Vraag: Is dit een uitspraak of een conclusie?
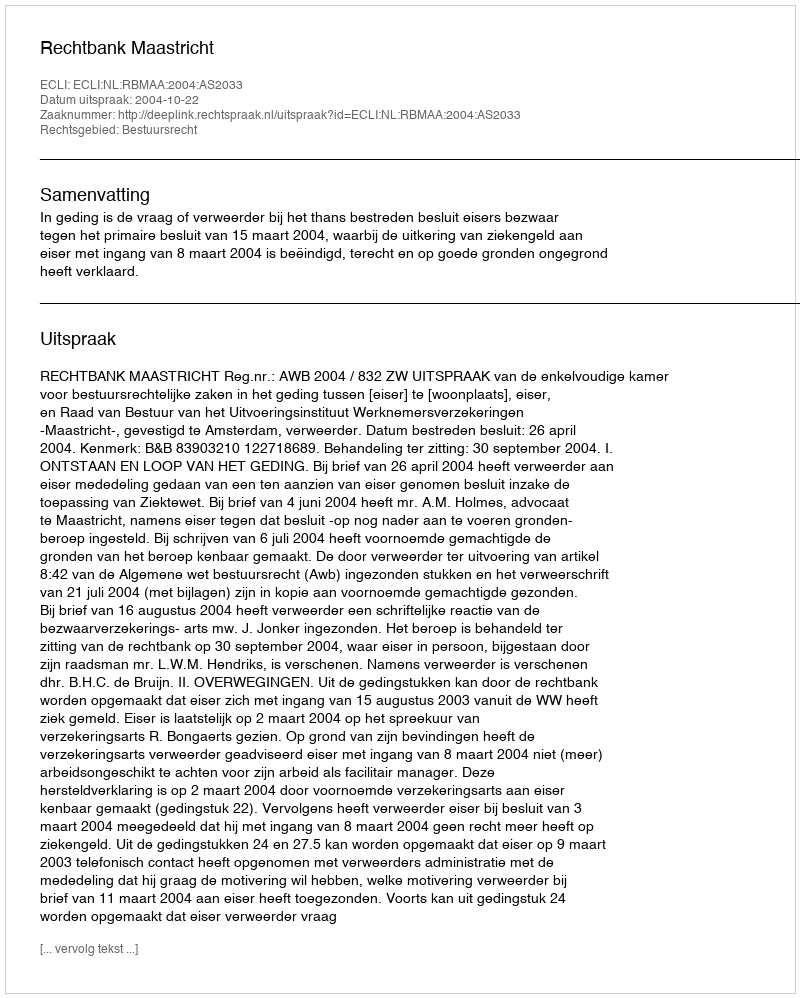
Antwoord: Uitspraak